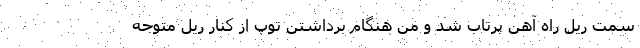
سمت ریل راه آهن پرتاب شد و من هنگام برداشتن توپ از کنار ریل متوجه